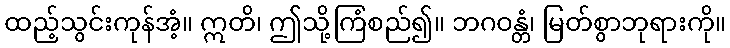
ထည့်သွင်းကုန်အံ့။ ဣတိ၊ ဤသို့ကြံစည်၍။ ဘဂဝန္တံ၊ မြတ်စွာဘုရားကို။